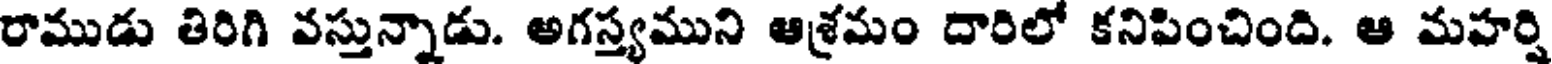
రాముడు తిరిగి వస్తున్నాడు. అగస్త్యముని ఆశ్రమం దారిలో కనిపించింది. ఆ మహర్షి